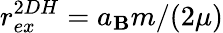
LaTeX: r_{ex}^{2DH}=a_{\mathbf{B}}m/(2\mu)